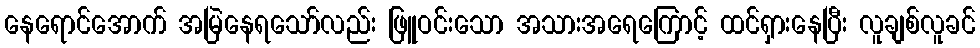
နေရောင်အောက် အမြဲနေရသော်လည်း ဖြူဝင်းသော အသားအရေကြောင့် ထင်ရှားနေပြီး လူချစ်လူခင်